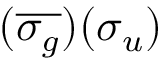
( \overline { { \sigma _ { g } } } ) ( \sigma _ { u } )